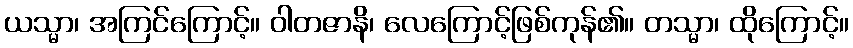
ယသ္မာ၊ အကြင်ကြောင့်။ ဝါတဇာနိ၊ လေကြောင့်ဖြစ်ကုန်၏။ တသ္မာ၊ ထိုကြောင့်။